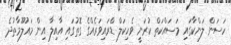
ހަސަން ލަންކާގައި މަސައްކަތް ކުރަނީ ވެހިކަލް ޑްރައިވަރެއްގެ ގޮތުގައި އާއިލާ އިން މައުލޫމާތުދެ